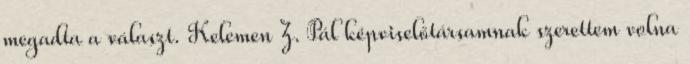
megadta a választ. Kelemen Z. Pál képviselőtársamnak szerettem volna